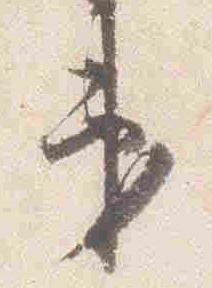
第